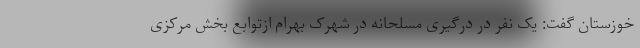
خوزستان گفت: یک نفر در درگیری مسلحانه در شهرک بهرام ازتوابع بخش مرکزی